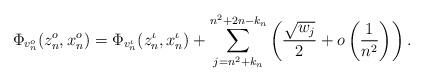
LaTeX: \begin{align*}\Phi_{v^o_n}(z^o_n, x^o_n) = \Phi_{v^\iota_n}(z^\iota_n, x^\iota_n) + \sum_{j=n^2+k_n}^{n^2+2n-k_n}\left(\frac{\sqrt{w_j}}{2}+o\left(\frac{1}{n^2}\right)\right).\end{align*}